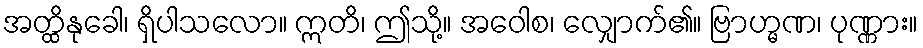
အတ္ထိနုခေါ၊ ရှိပါသလော။ ဣတိ၊ ဤသို့။ အဝေါစ၊ လျှောက်၏။ ဗြာဟ္မဏ၊ ပုဏ္ဏား။